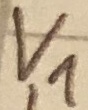
Text: V1